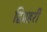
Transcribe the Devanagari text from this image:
द्विप्रहरी